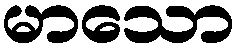
မာသော